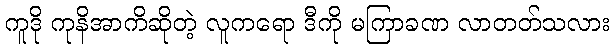
ကူဒို ကုနိအာကိဆိုတဲ့ လူကရော ဒီကို မကြာခဏ လာတတ်သလား